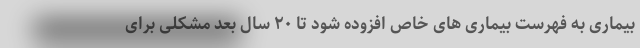
بیماری به فهرست بیماری های خاص افزوده شود تا ۲۰ سال بعد مشکلی برای